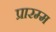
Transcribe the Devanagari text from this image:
प्रारम्म